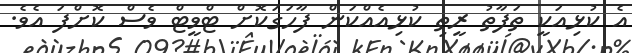
އެ ކުޅިއަކީ ތަފާތު ރީތި ކުޅިއެއްކަން ފާހަގަކޮށް ޓްވީޓް ވެސް ކޮށްފަ އެވެ.